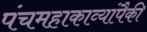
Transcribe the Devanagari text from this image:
पंचमहाकाव्यांपैकी